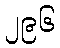
၂၉၆